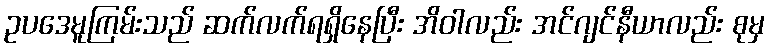
ဥပဒေမူကြမ်းသည် ဆက်လက်ရရှိနေပြီး အိဝါလည်း အင်ဂျင်နီယာလည်း စုမှ